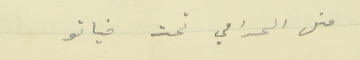
متل الحرامي تحت فياتو